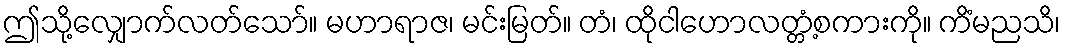
ဤသို့လျှောက်လတ်သော်။ မဟာရာဇ၊ မင်းမြတ်။ တံ၊ ထိုငါဟောလတ္တံ့စကားကို။ ကိံမညသိ၊